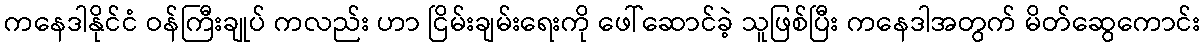
ကနေဒါနိုင်ငံ ဝန်ကြီးချုပ် ကလည်း ဟာ ငြိမ်းချမ်းရေးကို ဖေါ်ဆောင်ခဲ့ သူဖြစ်ပြီး ကနေဒါအတွက် မိတ်ဆွေကောင်း